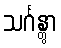
သင်္ဂန္တွာ